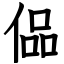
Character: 偘